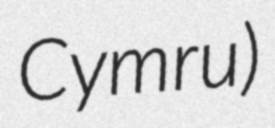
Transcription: Cymru)